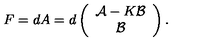
F = d A = d \left( \begin{array} { c } { { \cal A } - K { \cal B } } \\ { { \cal B } } \\ \end{array} \right) .